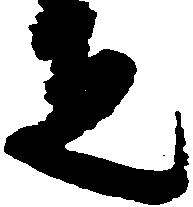
疋